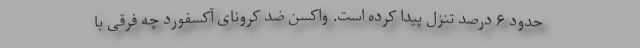
حدود ۶ درصد تنزل پیدا کرده است. واکسن ضد کرونای آکسفورد چه فرقی با